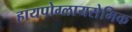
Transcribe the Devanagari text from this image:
हायपोग्लायसेमिक